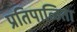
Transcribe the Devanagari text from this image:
प्रतिपाळिता